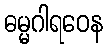
ဓမ္မဂါရဝေန